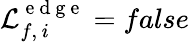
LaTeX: \mathcal{L}_{f,\, i}^{\mathrm{~e~d~g~e~}}=false